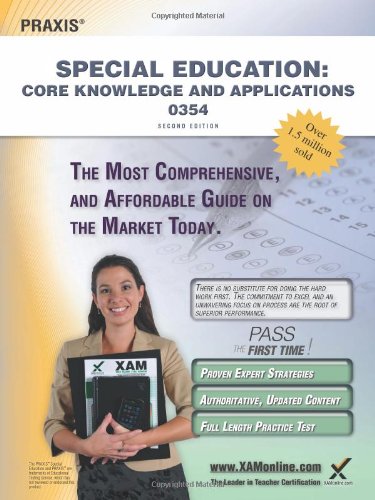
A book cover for Praxis Special Education: Core Knowledge and Applications 0354 Teacher Certification Study Guide Test Prep; Sharon A Wynne; Test Preparation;